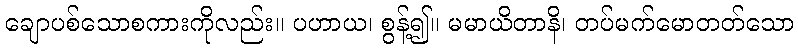
ချောပစ်သောစကားကိုလည်း။ ပဟာယ၊ စွန့်၍။ မမာယိတာနိ၊ တပ်မက်မောတတ်သော